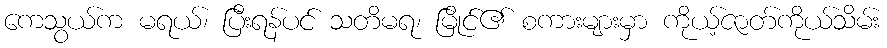
ကေသွယ်က မရယ်၊ ပြီးရန်ပင် သတိမရ၊ မြိုင်၏ စကားများမှာ ကိုယ့်ဇာတ်ကိုယ်သိမ်း